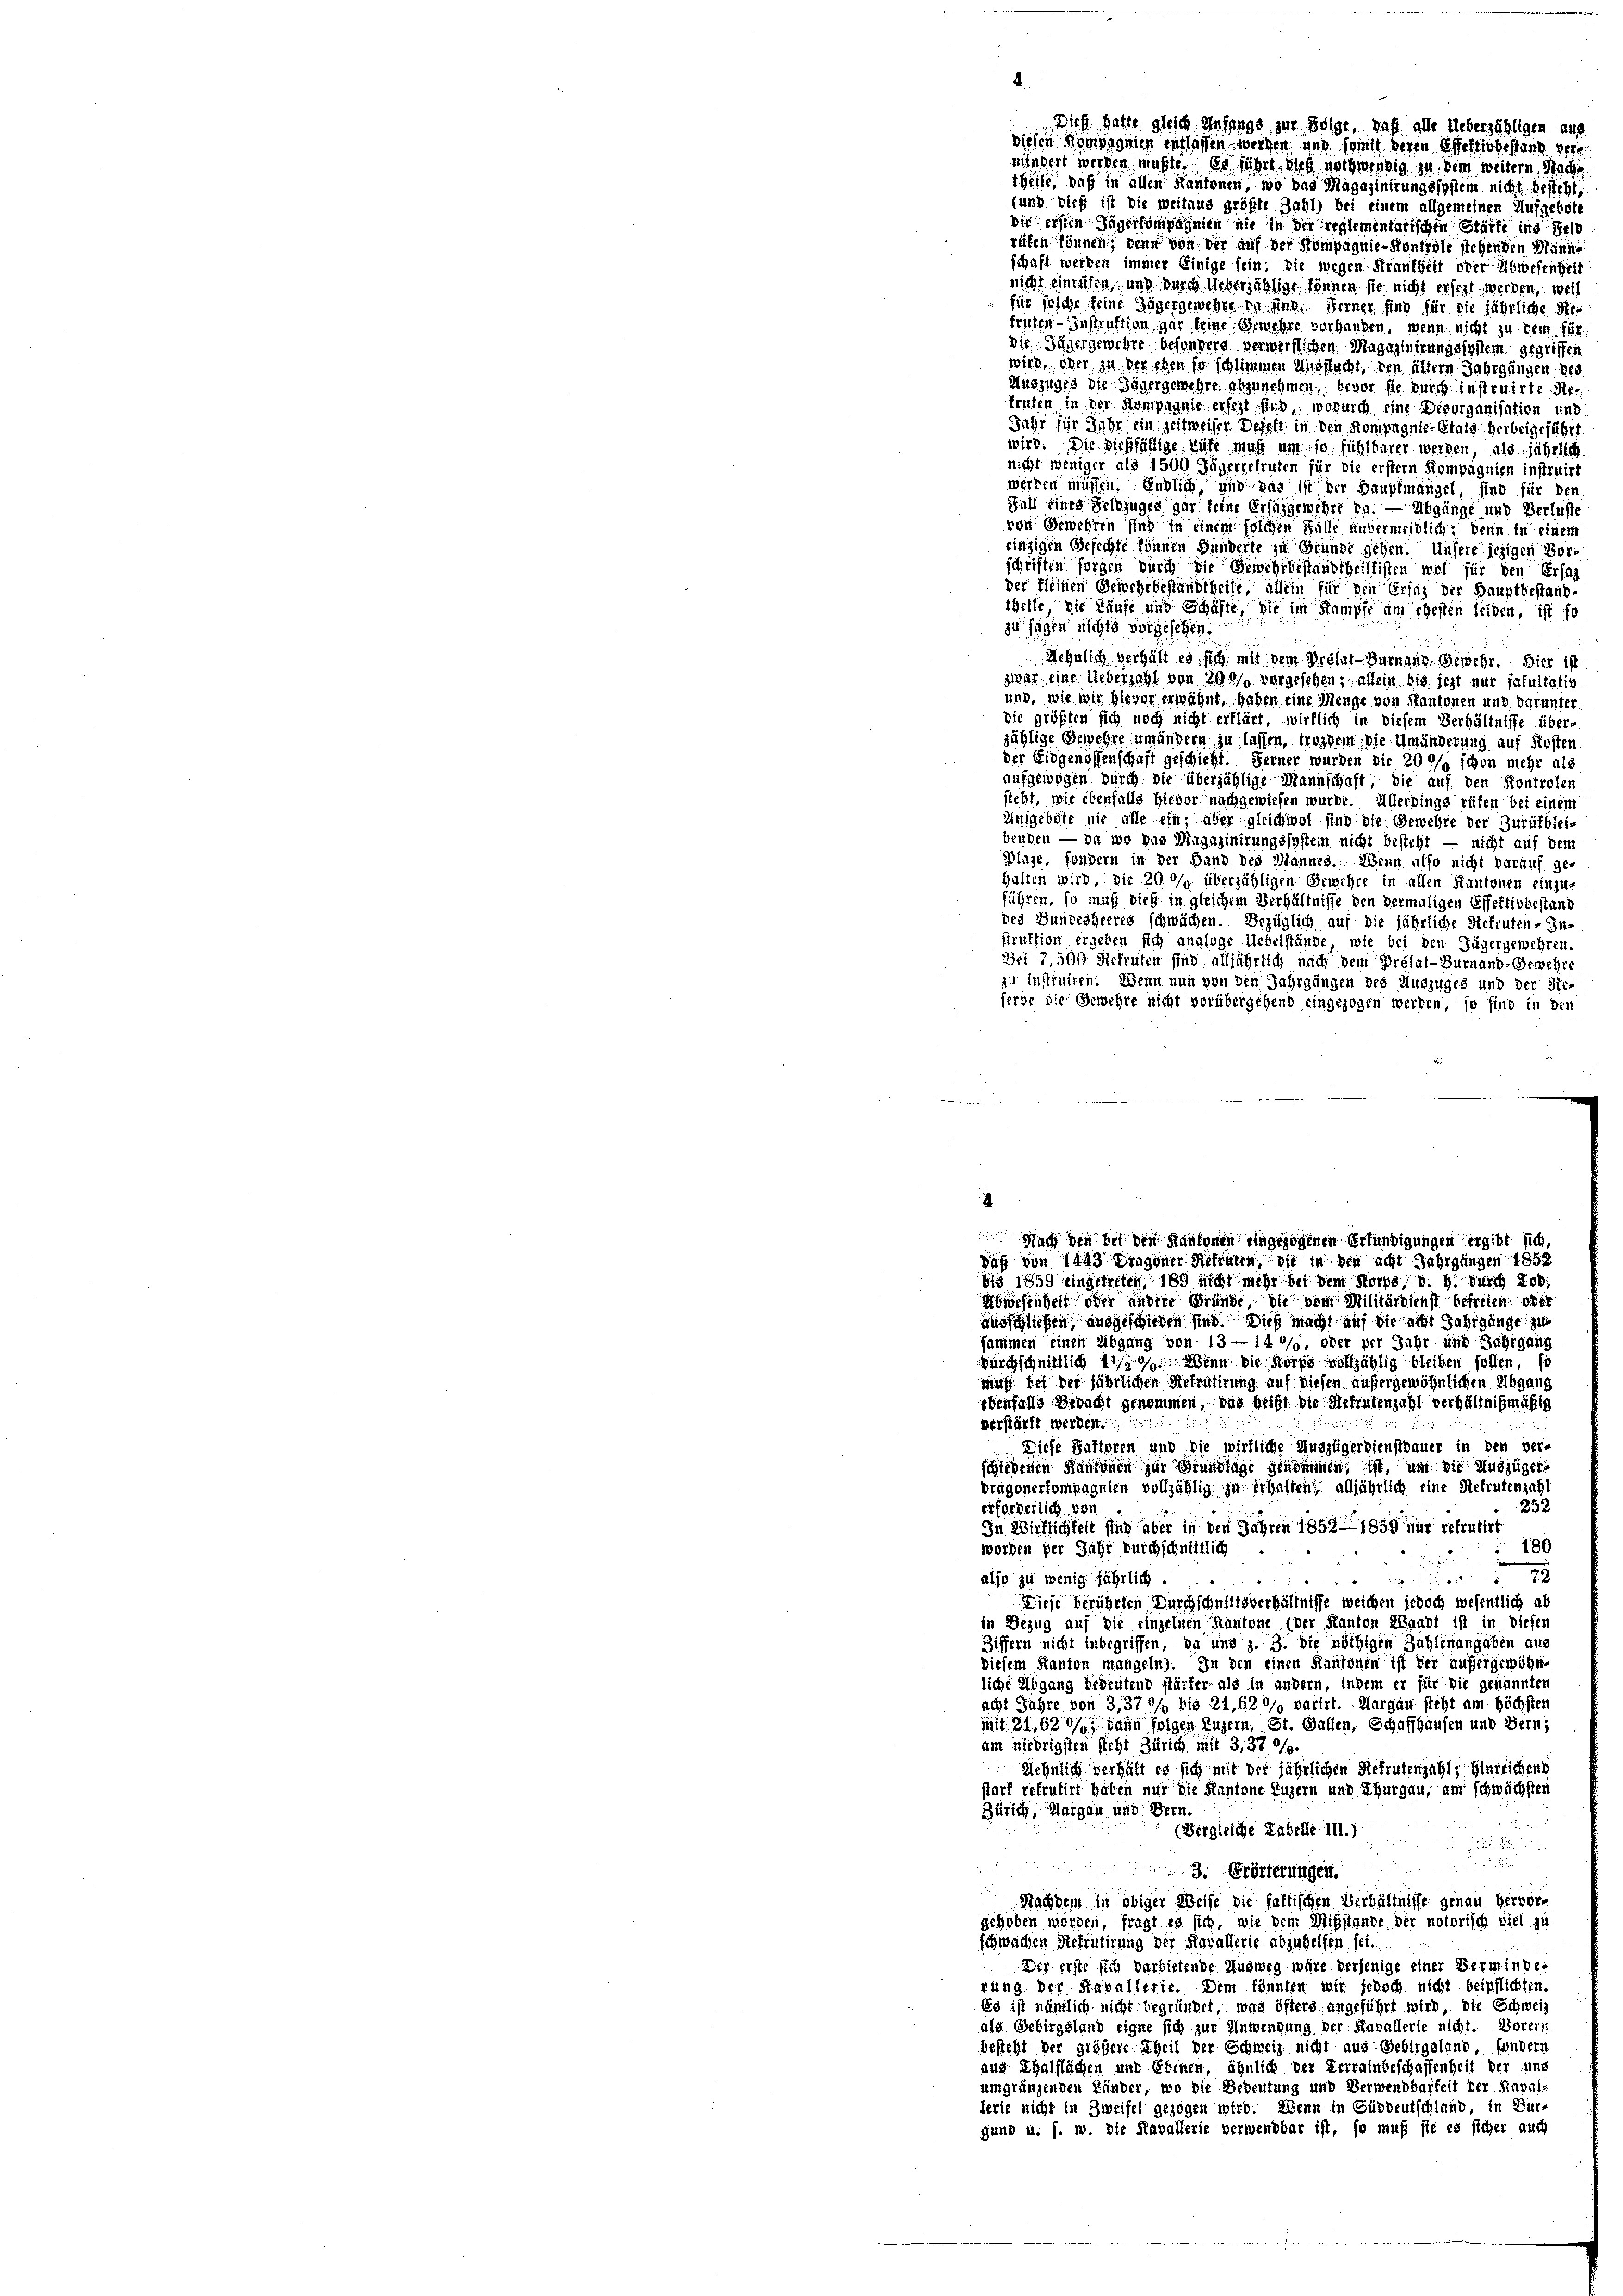
.

theile, daß in allen Kantonen, wo das Magazinirungssystem nicht besteht,
(und dieß ist die weitaus größte Zahl bei einem allgemeinen Aufgebote
die ersten Jägerkompagnien nie in der reglementarischen Stärke ins Selb
rüfen können; denn von der auf der Kompagnie-Kontrole siehenden Manne
schaft werden immer Einige sein; die wegen Frankheit oder Abwesenheit
nicht einzellen, und durch Ueberjährige, können sie nicht ersezt werden, weil
für solche seine Zögergeweber da sind. Ferner sind für die jährliche Refrufen - Instruktion gar keine Gewehre vorhanden, wenn nicht zu dem für
Die Jedergewehre besondere verwerflichen Magazinirungssystem gegriffen
wird, oder zu der eben so schlimmen Ausflucht, den ältern Jahrgängen der
Auszuges die Jägergewehre abzunehmen, bevor sie durch instruirte Ar
truten in der Kompagnie ersezt sind, wodurch eine Desorganisation und
Jahr für Jahr ein zeitweiser Defelt in den Kompagnie-Etats herbeigeführt
wird. Die dießfällige Rüfe muß um so fühlbarer werden, als jährlich
nicht weniger als 1500 Jägerrefruten für die erstern Kompagnien instruirt
werden müssen. Endlich, und das ist der Hauptmängel sind für den
Sull eines Feldzuges gar keine Erlangewehre zu. — Abgänge und Verluste
von Gewehren sind in einem solchen Falle unvermeidlich? Denn in einem
einzigen Besichte können Hunderte zu Grunde gehen. Unsere jezigen Vorschriften sorgen durch die Gewehrbestandtheiltissen wol für den Ersag
der Kleinen Gewehrbestandtheile, allein für den Ersaz der Hauptbestand.
theile die Käufe und Schäfte, die im Stampfe am ehesten leiden, ist fo
zu sagen nichts vorgesehen.
Wehnlich verhält es sich mit dem Prefer-Burnant. Gewehr. Hier ist
zwar eine Ueberzahl von 299/0 vorgesehen; allein bis jezt nur fakultatio
und, wie wir hievor erwähnt, haben eine Menge von Kantonen und darunter
die größten sich noch nicht erklärt, wirklich in diesem Verhältnisse über-
jählige Gewehre umändern zu lassen, trosdem die Umänderung auf Kosten
der Eidgenossenschaft geschieht. Ferner wurden die 20 °/o schon mehr als
aufgewogen durch die überzählige Mannschaft, die auf den Kontrolen
steht, wie ebenfalls hievor nachgewiesen würde. Allerdings rüfen bei einem
Ungebote nie alle ein, aber gleichwot sind die Gewehre der Zurükblei-
benden — da wo das Magazinirungssystem nicht besteht — nicht auf dem
Plage, sondern in der Hand des Mannes. Wenn also nicht darauf ge-
Halten wird, die 200/9 überzähligen Gewehre in allen Kantonen einzu-
führen, so muß dieß in gleichem Verhältnisse den dermaligen Effektivbestand
des Bundesheeres schwächen. Bezüglich auf die jährliche Refruten-Infruktion ergeben sich analoge Uebelstände, wie bei den Jägergewehren.
Dei 7,500 Rekruten sind alljährlich nach dem Préfat-Burnand-Gewehre
zu Instruiren. Wenn nun von den Jahrgängen des Auszuges und der Re-
ferbe die Gewehre nicht vorübergehend eingezogen werden, so sind in die
d
Nach den bei den Kantonen eingezogenen Erfündigungen ergibt sich,
Daß von 1443 Dragoner Rehlen, die in den acht Jahrgängen 1852
bis 1859 eingetreten, 189 nicht mehr bei dem Korps, d. h. durch Lob,
Abwesenheit oder andere Gründe die vom Militärdienst befetten, oder
ausschließen, ausgeschieden sind. Dies macht auf die acht Jahrgänge zu
sammen einen Abgang von 13 —140/, oder per Jahr und Jahrgang
durchschnittlich 11/90/0 Wenn die Korps vollzählig bleiben sollen, so
muß bei der jährlichen Rekrutirung auf diesen außergewöhnlichen Abgang
ebenfalls Gedacht genommen, das heißt die Rekrutenzahl verhältnißmäßig
5
verstärft werden.
Diese Saftoren und die wirkliche Auszügerdienstbauer in den ver-
schiedenen Kantonen zur Grundlage genommen, ist, um die Andzüger-
bragonertompagnien vollzählig zu erhalten; alljährlich eine Rekrutenzahl
252
erforderlich von
In Wirklichkeit sind aber in den Jahren 1852—1859 nur rekrutirt
180
worden per Jahr durchschnittlich
2
also zu wenig fährlich ..
9
Diese berührten Durchschnittsverhältnisse weichen jedoch wesentlich ab
in Bezug auf die einzelnen Kantone (der Kanton Waadt ist in diesen
Ziffern nicht inbegriffen, da und z. 3. Die nöthigen Zahlenangaben aus
Diesem Kanton mangeln). In den einen Kantonen ist der außergewöhn-
liche Abgang bedeutend stärker, als in andern, indem er für die genannten
acht Jahre von 3,370/, bis 21, 620/ varirt. Margau sicht am höchsten
mit 21, 620/9; dann folgen Luzern, St. Gallen, Schaffhausen und Bern;
am niedrigsten steht Zürich mit 3,37 °/o.
Aehnlich verhält es sich mit der jährlichen Rekrutenzahl, Hürlichend
statt rekrutirt haben nur die Kantone Luzern und Thurgau, am schwächsten
Zürich, Margau und Bern.

(Vergleiche Tabelle III.

de
3. Erörterungen.
Nachdem in obiger Weise die fattischen Verhältnisse genau hervor-
gehoben worden, fragt es sich, wir dem Mißstande der notorisch viel zu
schwachen Rekrutirung der Kavallerie abzuhelfen sei.
Der erste sich darbietende Ausweg wäre derjenige einer Verminde.
rung der Raballerie. Dem könnten wir jedoch nicht beipflichten.
Es ist nämlich nicht begründet, was öfters angeführt wird, die Schweiz
als Gebirgsland eigne sich zur Anwendung der Kavallerie nicht. Vorers
besteht der größere Theil der Schweiz nicht aus-Gebirgsland, sondern
aus Thalflächen und Ebenen, ähnlich der Verrainbeschaffenheit der uns
umgränzenden Länder, wo die Bedeutung und Verwendbarkeit der Sinval-
lerie nicht in Zweifel gezogen wird. Wenn in Güddeutschland in Bur-
gund u. f. w. die Kavallerie verwendbar ist, so muß sie es sicher auch

Dieß hatte gleich Anfangs zur Folge, daß alle Ueberzähligen aus
diesen Kompagnien entlassen werden und somit deren Effektlosestand dere
mindert werden müßte, es führt dieß nothwendig zu, dem weitern, Nache